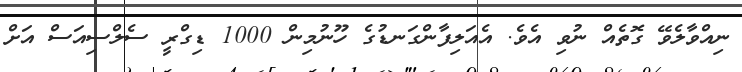
ނިއްވާލެވޭ ގޮތެއް ނުވި އެވެ. އެއަލިފާންގަނޑުގެ ހޫނުމިން 1000 ޑިގްރީ ސެލްސިއަސް އަށް